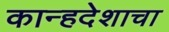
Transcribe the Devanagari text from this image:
कान्हदेशाचा